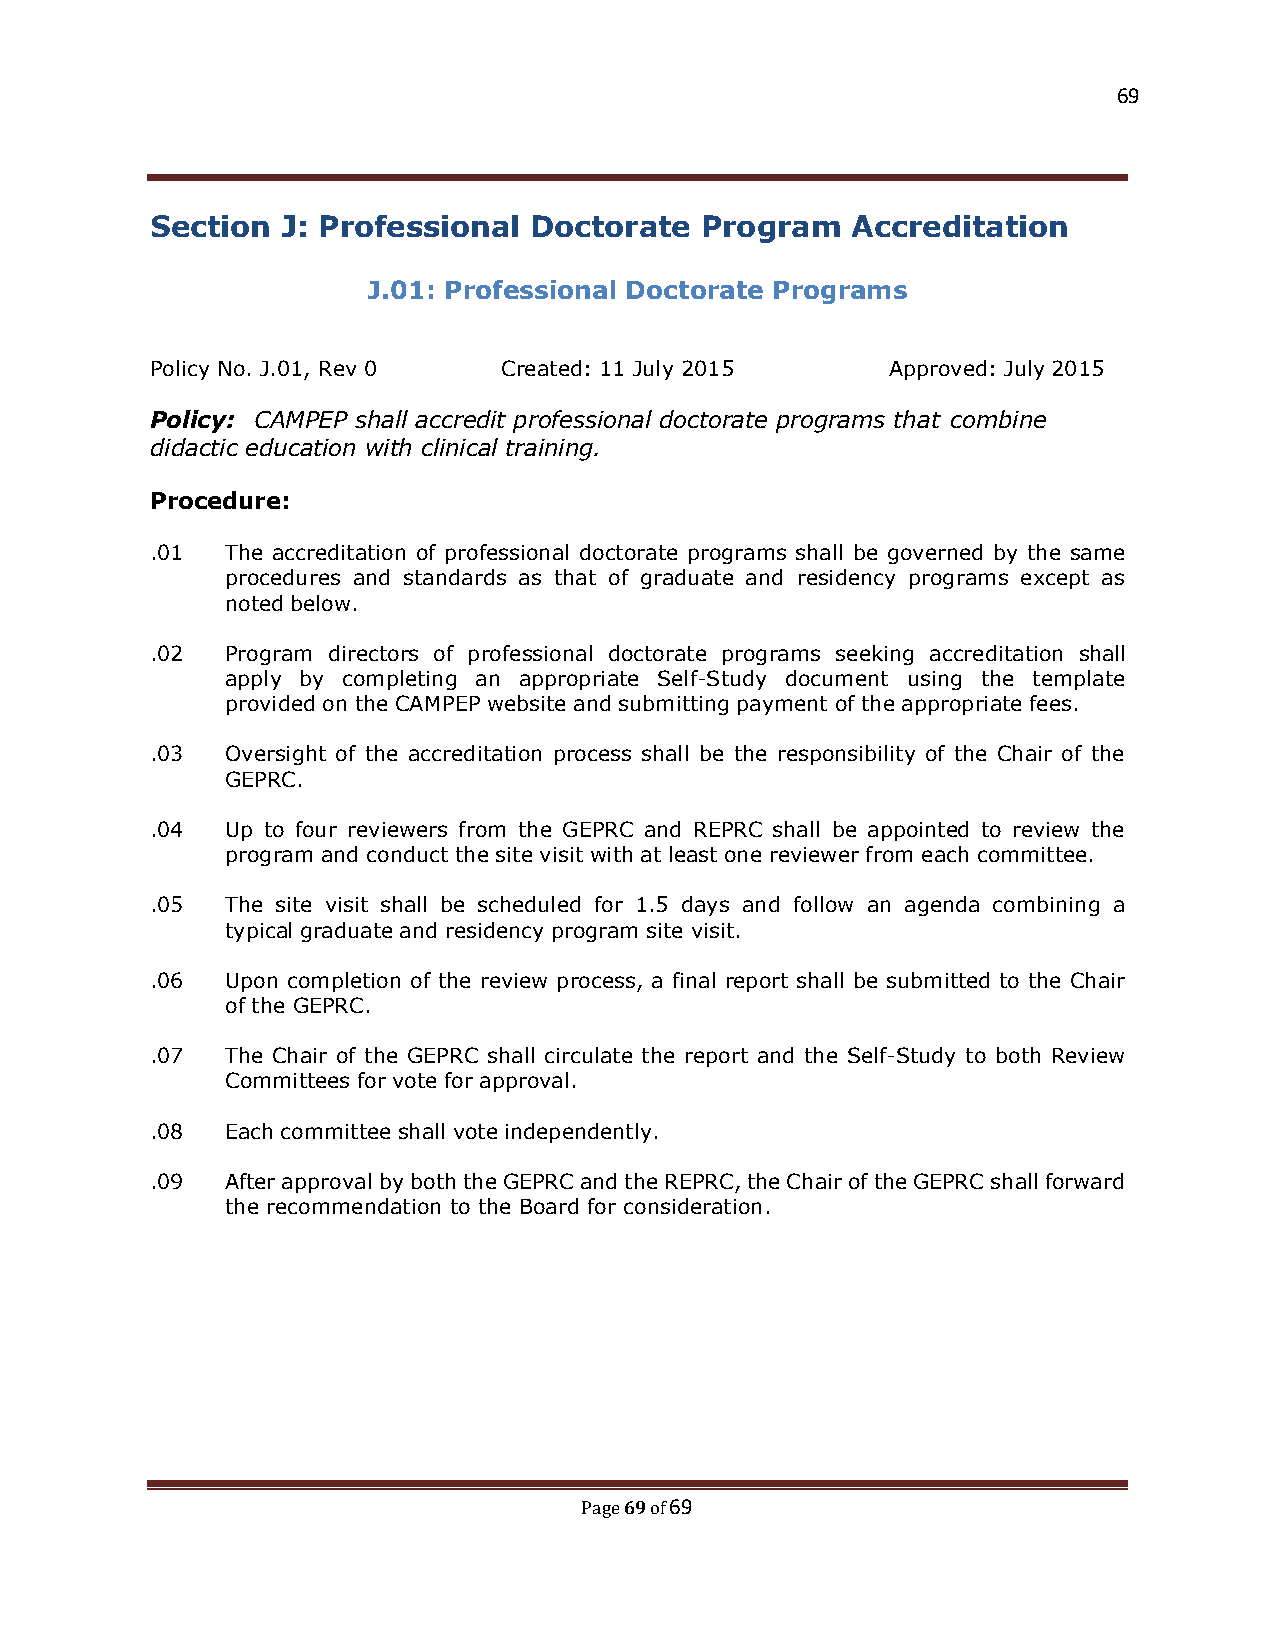
69
 Section  J: Professional Doctorate  Program   Accreditation
 J.01: Professional Doctorate Programs
 Policy No. J.01, Rev 0 Created: 11 July 2015     Approved: July 2015
 Policy: CAMPEP shall accredit professional doctorate programs that combine
 didactic education with clinical training.
 Procedure:
 .01  The accreditation of professional doctorate programs shall be governed by the same
 procedures and standards as that of graduate and residency programs except as
 noted below.
 .02  Program directors of professional doctorate programs seeking accreditation shall
 apply by completing an appropriate Self-Study document using the template
 provided on the CAMPEP website and submitting payment of the appropriate fees.
 .03  Oversight of the accreditation process shall be the responsibility of the Chair of the
 GEPRC.
 .04  Up to four reviewers from the GEPRC and REPRC shall be appointed to review the
 program and conduct the site visit with at least one reviewer from each committee.
 .05  The site visit shall be scheduled for 1.5 days and follow an agenda combining a
 typical graduate and residency program site visit.
 .06  Upon completion of the review process, a final report shall be submitted to the Chair
 of the GEPRC.
 .07  The Chair of the GEPRC shall circulate the report and the Self-Study to both Review
 Committees for vote for approval.
 .08  Each committee shall vote independently.
 .09  After approval by both the GEPRC and the REPRC, the Chair of the GEPRC shall forward
 the recommendation to the Board for consideration.
 69 69
 Page of